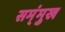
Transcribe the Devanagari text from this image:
सम्ंमुख